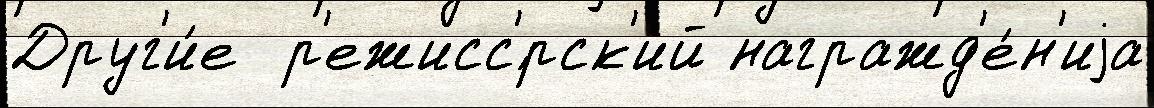
Друг'и́е  р'ежисс'́рск'ий награжд'е́н'иjа